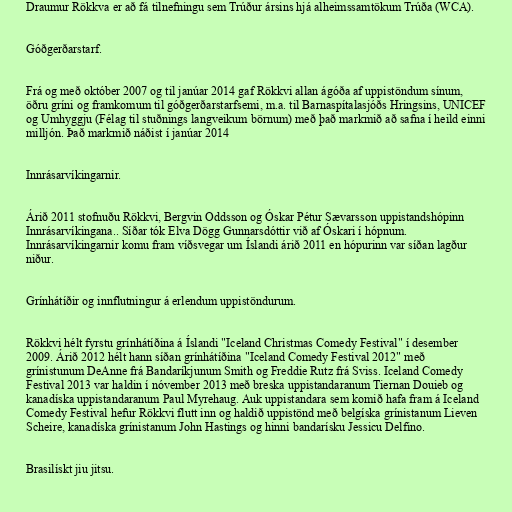
Draumur Rökkva er að fá tilnefningu sem Trúður ársins hjá alheimssamtökum Trúða (WCA).

Góðgerðarstarf.

Frá og með október 2007 og til janúar 2014 gaf Rökkvi allan ágóða af uppistöndum sínum,
öðru gríni og framkomum til góðgerðarstarfsemi, m.a. til Barnaspítalasjóðs Hringsins, UNICEF
og Umhyggju (Félag til stuðnings langveikum börnum) með það markmið að safna í heild einni
milljón. Það markmið náðist í janúar 2014

Innrásarvíkingarnir.

Árið 2011 stofnuðu Rökkvi, Bergvin Oddsson og Óskar Pétur Sævarsson uppistandshópinn
Innrásarvíkingana.. Síðar tók Elva Dögg Gunnarsdóttir við af Óskari í hópnum.
Innrásarvíkingarnir komu fram víðsvegar um Íslandi árið 2011 en hópurinn var síðan lagður
niður.

Grínhátíðir og innflutningur á erlendum uppistöndurum.

Rökkvi hélt fyrstu grínhátíðina á Íslandi "Iceland Christmas Comedy Festival" í desember
2009. Árið 2012 hélt hann síðan grínhátíðina "Iceland Comedy Festival 2012" með
grínistunum DeAnne frá Bandaríkjunum Smith og Freddie Rutz frá Sviss. Iceland Comedy
Festival 2013 var haldin í nóvember 2013 með breska uppistandaranum Tiernan Douieb og
kanadíska uppistandaranum Paul Myrehaug. Auk uppistandara sem komið hafa fram á Iceland
Comedy Festival hefur Rökkvi flutt inn og haldið uppistönd með belgíska grínistanum Lieven
Scheire, kanadíska grínistanum John Hastings og hinni bandarísku Jessicu Delfino.

Brasilískt jiu jitsu.